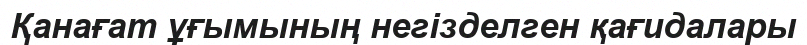
Қанағат ұғымының негізделген қағидалары